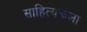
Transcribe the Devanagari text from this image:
साहित्यकला